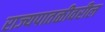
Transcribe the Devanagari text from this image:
राज्यपातळीवरील